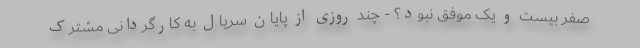
صفر بیست و یک موفق نبود؟ - چند روزی از پایان سریال به کارگردانی مشترک